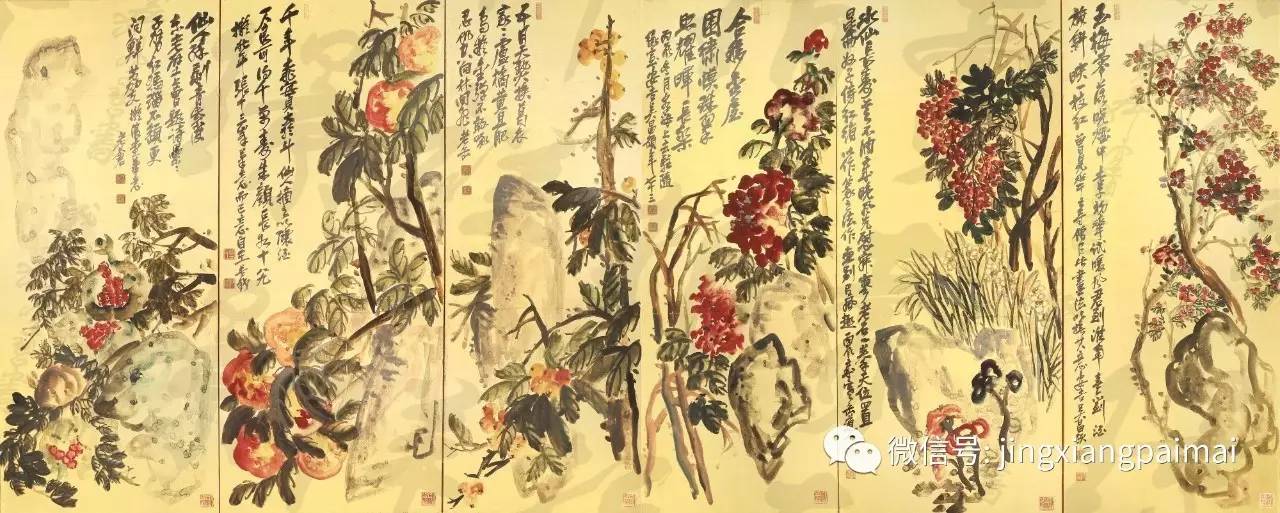
江山代有才人出，各领风骚数百年。